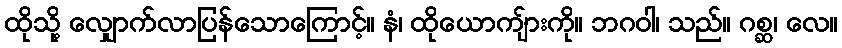
ထိုသို့ လျှောက်လာပြန်သောကြောင့်။ နံ၊ ထိုယောကျ်ားကို။ ဘဂဝါ၊ သည်။ ဂစ္ဆ၊ လေ။